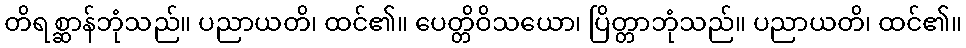
တိရစ္ဆာန်ဘုံသည်။ ပညာယတိ၊ ထင်၏။ ပေတ္တိဝိသယော၊ ပြိတ္တာဘုံသည်။ ပညာယတိ၊ ထင်၏။